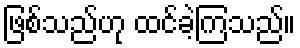
ဖြစ်သည်ဟု ထင်ခဲ့ကြသည်။